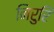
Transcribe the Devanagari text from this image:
निरुरि